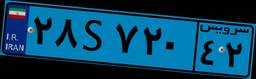
۵۴S۲۱۳۳۳